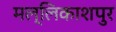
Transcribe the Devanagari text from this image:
मल्लिकाशपुर